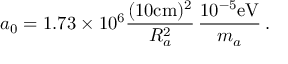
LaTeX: a _ { 0 } = 1 . 7 3 \times 1 0 ^ { 6 } \frac { ( 1 0 \mathrm { c m } ) ^ { 2 } } { R _ { a } ^ { 2 } } \, \frac { 1 0 ^ { - 5 } \mathrm { e V } } { m _ { a } } \, .